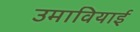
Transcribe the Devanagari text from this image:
उमावियाई